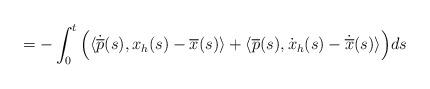
LaTeX: \begin{align*}= - \int_{0}^t \Big( \langle \dot{\overline{p}}(s), x_h(s)- \overline{x}(s)\rangle + \langle \overline{p}(s),\dot{x}_h(s)-\dot{\overline{x}}(s) \rangle \Big) d s\end{align*}